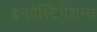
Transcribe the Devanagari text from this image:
इनवेस्टिगेशन्स